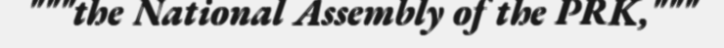
"""the National Assembly of the PRK,"""